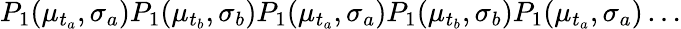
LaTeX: P_{1}(\mu_{t_{a}},\sigma_{a})P_{1}(\mu_{t_{b}},\sigma_{b})P_{1}(\mu_{t_{a}},\sigma_{a})P_{1}(\mu_{t_{b}},\sigma_{b})P_{1}(\mu_{t_{a}},\sigma_{a})\dots